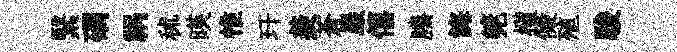
繄磵祸秫暎惟玕羨蒼巖僖縢誨筦權儗殖駿